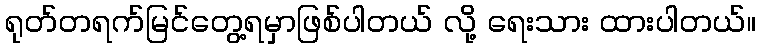
ရုတ်တရက်မြင်တွေ့ရမှာဖြစ်ပါတယ် လို့ ရေးသား ထားပါတယ်။